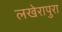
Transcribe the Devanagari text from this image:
लखेरापुरा